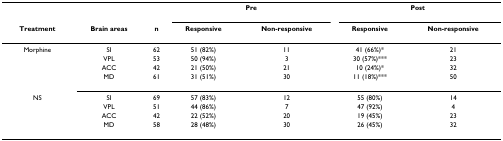
<table><thead><tr><td></td><td></td><td></td><td colspan="2"><b>Pre</b></td><td colspan="2"><b>Post</b></td></tr><tr><td><b>Treatment</b></td><td><b>Brain areas</b></td><td><b>n</b></td><td><b>Responsive</b></td><td><b>Non-responsive</b></td><td><b>Responsive</b></td><td><b>Non-responsive</b></td></tr></thead><tbody><tr><td>Morphine</td><td>SI</td><td>62</td><td>51 (82%)</td><td>11</td><td>41 (66%)*</td><td>21</td></tr><tr><td></td><td>VPL</td><td>53</td><td>50 (94%)</td><td>3</td><td>30 (57%)***</td><td>23</td></tr><tr><td></td><td>ACC</td><td>42</td><td>21 (50%)</td><td>21</td><td>10 (24%)*</td><td>32</td></tr><tr><td></td><td>MD</td><td>61</td><td>31 (51%)</td><td>30</td><td>11 (18%)***</td><td>50</td></tr><tr><td>NS</td><td>SI</td><td>69</td><td>57 (83%)</td><td>12</td><td>55 (80%)</td><td>14</td></tr><tr><td></td><td>VPL</td><td>51</td><td>44 (86%)</td><td>7</td><td>47 (92%)</td><td>4</td></tr><tr><td></td><td>ACC</td><td>42</td><td>22 (52%)</td><td>20</td><td>19 (45%)</td><td>23</td></tr><tr><td></td><td>MD</td><td>58</td><td>28 (48%)</td><td>30</td><td>26 (45%)</td><td>32</td></tr></tbody></table>